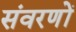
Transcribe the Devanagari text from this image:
संवरणों